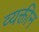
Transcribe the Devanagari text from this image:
व्यक्तीन